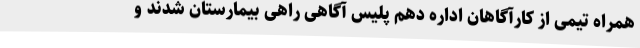
همراه تیمی از کارآگاهان اداره دهم پلیس آگاهی راهی بیمارستان شدند و